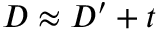
D \approx D ^ { \prime } + t